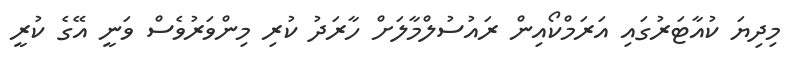
މިދިޔަ ކުއާޓަރުގައި އަރަމްކޯއިން ރައުސުލްމާލަށް ހާރަދު ކުރި މިންވަރުވެސް ވަނީ އޭގެ ކުރީ